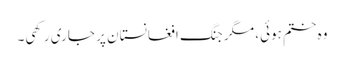
وہ ختم ہوئی، مگر جنگ افغانستان پر جاری رکھی۔